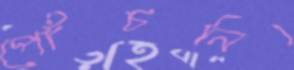
পোঁচনি